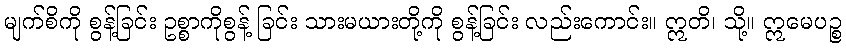
မျက်စိကို စွန့်ခြင်း ဥစ္စာကိုစွန့် ခြင်း သားမယားတို့ကို စွန့်ခြင်း လည်းကောင်း။ ဣတိ၊ သို့။ ဣမေပဉ္စ